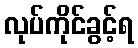
လုပ်ကိုင်ခွင့်ရ